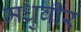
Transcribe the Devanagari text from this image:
मधुबीर